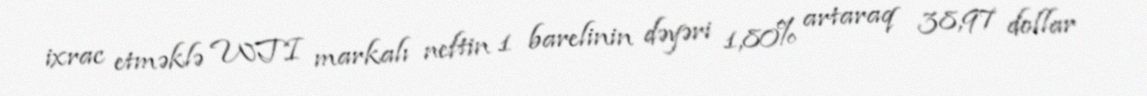
ixrac etməklə WTI markalı neftin 1 barelinin dəyəri 1,80% artaraq 38,97 dollar